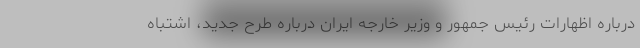
درباره اظهارات رئیس جمهور و وزیر خارجه ایران درباره طرح جدید، اشتباه